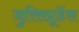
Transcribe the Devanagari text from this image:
जुरिसप्रूडेंस